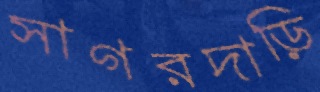
সাগরদাড়ি